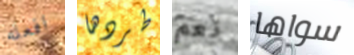
افعله طردها نعم سواها